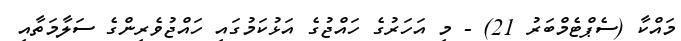
މައްކާ (ސެޕްޓެމްބަރު 21) - މި އަހަރުގެ ހައްޖުގެ އަޅުކަމުގައި ހައްޖުވެރިންގެ ސަލާމަތާއި